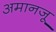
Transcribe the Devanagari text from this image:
अमानजू